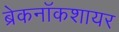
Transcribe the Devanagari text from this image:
ब्रेकनॉकशायर